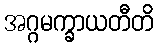
အဂ္ဂမက္ခာယတီတိ